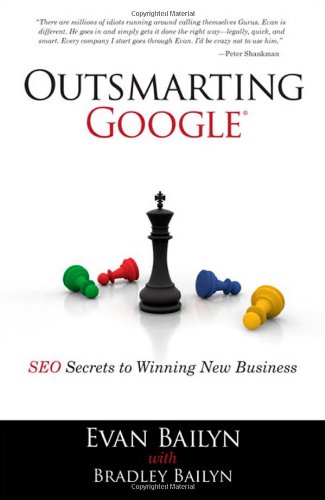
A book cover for Outsmarting Google: SEO Secrets to Winning New Business (Que Biz-Tech); Evan Bailyn; Computers & Technology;